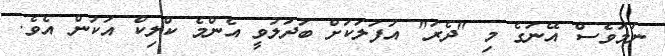
ނަމަވެސް އޭނަގެ މި "ދެރަ" އުފަލަކަށް ބަދަލުވީ އެންމެ ކްލިކް އަކުން އެވެ.